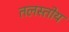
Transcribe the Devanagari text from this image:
तलस्तोय